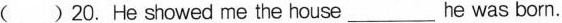
( )20.He showed me the house___he was born.